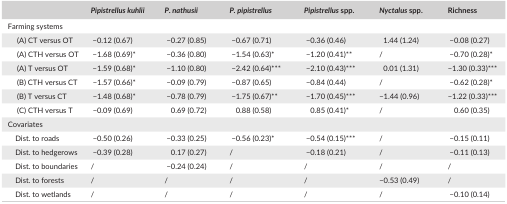
<table><thead><tr><td></td><td><b><i>Pipistrellus kuhlii</i></b></td><td><b><i>P. nathusii</i></b></td><td><b><i>P. pipistrellus</i></b></td><td><b><i>Pipistrellus</i> spp.</b></td><td><b><i>Nyctalus</i> spp.</b></td><td><b>Richness</b></td></tr></thead><tbody><tr><td colspan="7">Farming systems</td></tr><tr><td>(A) CT versus OT</td><td>−0.12 (0.67)</td><td>−0.27 (0.85)</td><td>−0.67 (0.71)</td><td>−0.36 (0.46)</td><td>1.44 (1.24)</td><td>−0.08 (0.27)</td></tr><tr><td> (A) CTH versus OT</td><td>−1.68 (0.69)*</td><td>−0.36 (0.80)</td><td>−1.54 (0.63)*</td><td>−1.20 (0.41)**</td><td>/</td><td>−0.70 (0.28)*</td></tr><tr><td> (A) T versus OT</td><td>−1.59 (0.68)*</td><td>−1.10 (0.80)</td><td>−2.42 (0.64)***</td><td>−2.10 (0.43)***</td><td>0.01 (1.31)</td><td>−1.30 (0.33)***</td></tr><tr><td> (B) CTH versus CT</td><td>−1.57 (0.66)*</td><td>−0.09 (0.79)</td><td>−0.87 (0.65)</td><td>−0.84 (0.44)</td><td>/</td><td>−0.62 (0.28)*</td></tr><tr><td> (B) T versus CT</td><td>−1.48 (0.68)*</td><td>−0.78 (0.79)</td><td>−1.75 (0.67)**</td><td>−1.70 (0.45)***</td><td>−1.44 (0.96)</td><td>−1.22 (0.33)***</td></tr><tr><td> (C) CTH versus T</td><td>−0.09 (0.69)</td><td>0.69 (0.72)</td><td>0.88 (0.58)</td><td>0.85 (0.41)*</td><td>/</td><td>0.60 (0.35)</td></tr><tr><td colspan="7">Covariates</td></tr><tr><td>Dist. to roads</td><td>−0.50 (0.26)</td><td>−0.33 (0.25)</td><td>−0.56 (0.23)*</td><td>−0.54 (0.15)***</td><td>/</td><td>−0.15 (0.11)</td></tr><tr><td>Dist. to hedgerows</td><td>−0.39 (0.28)</td><td>0.17 (0.27)</td><td>/</td><td>−0.18 (0.21)</td><td>/</td><td>−0.11 (0.13)</td></tr><tr><td>Dist. to boundaries</td><td>/</td><td>−0.24 (0.24)</td><td>/</td><td>/</td><td>/</td><td>/</td></tr><tr><td>Dist. to forests</td><td>/</td><td>/</td><td>/</td><td>/</td><td>−0.53 (0.49)</td><td>/</td></tr><tr><td>Dist. to wetlands</td><td>/</td><td>/</td><td>/</td><td>/</td><td>/</td><td>−0.10 (0.14)</td></tr></tbody></table>